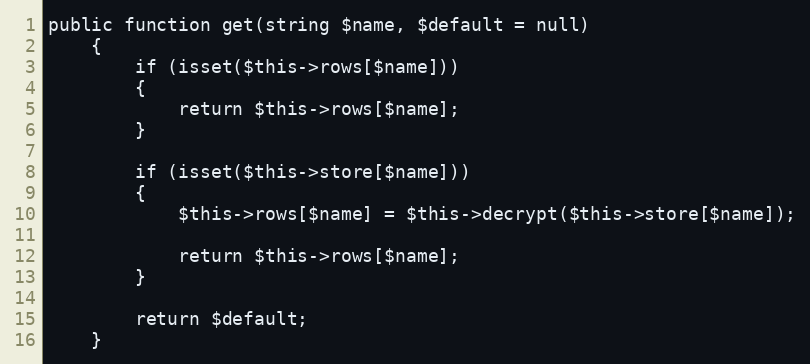
Language: PHP
public function get(string $name, $default = null)
    {
        if (isset($this->rows[$name]))
        {
            return $this->rows[$name];
        }

        if (isset($this->store[$name]))
        {
            $this->rows[$name] = $this->decrypt($this->store[$name]);

            return $this->rows[$name];
        }

        return $default;
    }